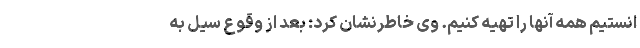
انستیم همه آنها را تهیه کنیم. وی خاطرنشان کرد: بعد از وقوع سیل به